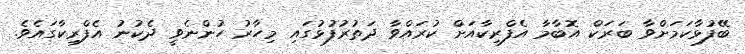
ބޭފުޅާކަމަށްވާ ބަރަކް އޮބާމާ އެފްރިކާއަށް ކުރައްވާ ދަތުރުފުޅުގައި މިހާރު ހުންނެވީ ދެކުނު އެފްރިކާގައެވެ.